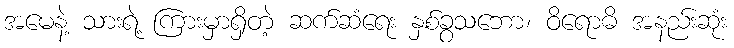
အမေနဲ့ သားရဲ့ ကြားမှာရှိတဲ့ ဆက်ဆံရေး နှစ်ခွသဘော၊ ဝိရောဓိ အနည်းဆုံး